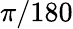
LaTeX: \pi/180